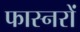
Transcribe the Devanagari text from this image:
फास्नरों